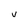
Character: v